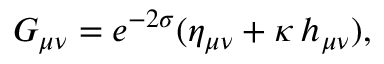
G _ { \mu \nu } = e ^ { - 2 \sigma } ( \eta _ { \mu \nu } + \kappa \, h _ { \mu \nu } ) ,